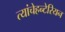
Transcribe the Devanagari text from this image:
त्यांचेहन्टेरियन